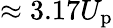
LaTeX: \approx 3.17U_{\mathrm{p}}